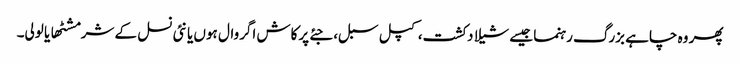
پھر وہ چاہے بزرگ رہنما جیسے شیلا دکشت، کپل سبل، جئے پرکاش اگروال ہوں یا نئی نسل کے شرمشٹھا یا لولی۔